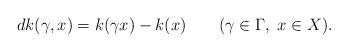
LaTeX: \begin{align*} d k(\gamma, x)=k(\gamma x)-k(x)\qquad(\gamma\in \Gamma,\ x\in X).\end{align*}